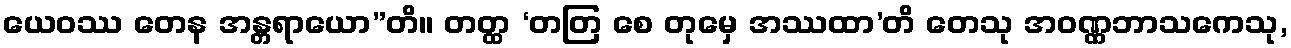
ယေဝဿ တေန အန္တရာယော”တိ။ တတ္ထ ‘တတြ စေ တုမှေ အဿထာ’တိ တေသု အဝဏ္ဏဘာသကေသု,